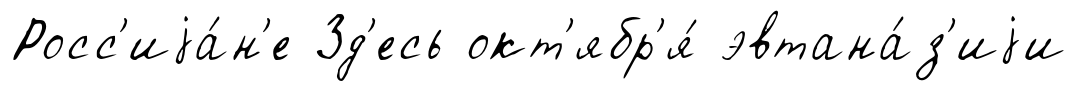
Росс'иjа́н'е Зд'есь окт'ябр'я́ эвтана́з'иjи